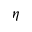
\eta